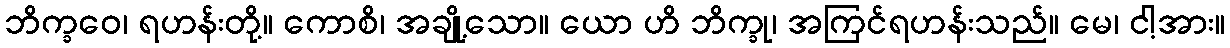
ဘိက္ခဝေ၊ ရဟန်းတို့။ ကောစိ၊ အချို့သော။ ယော ဟိ ဘိက္ခု၊ အကြင်ရဟန်းသည်။ မေ၊ ငါ့အား။